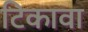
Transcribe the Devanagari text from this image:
टिकावा